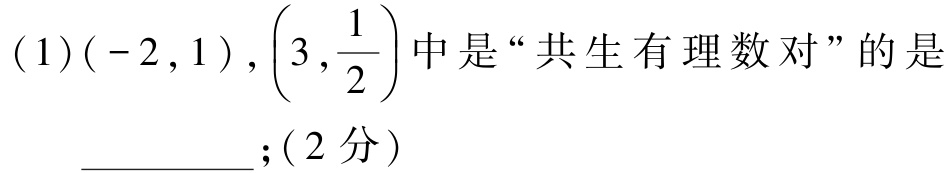
$(1)(-2,1),\left(3,\frac{1}{2}\right)中是“共生有理数对”的是\_\_\_\_\_\_; (2分)$